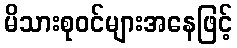
မိသားစုဝင်များအနေဖြင့်